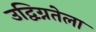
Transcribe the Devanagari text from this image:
उद्विग्नतेला